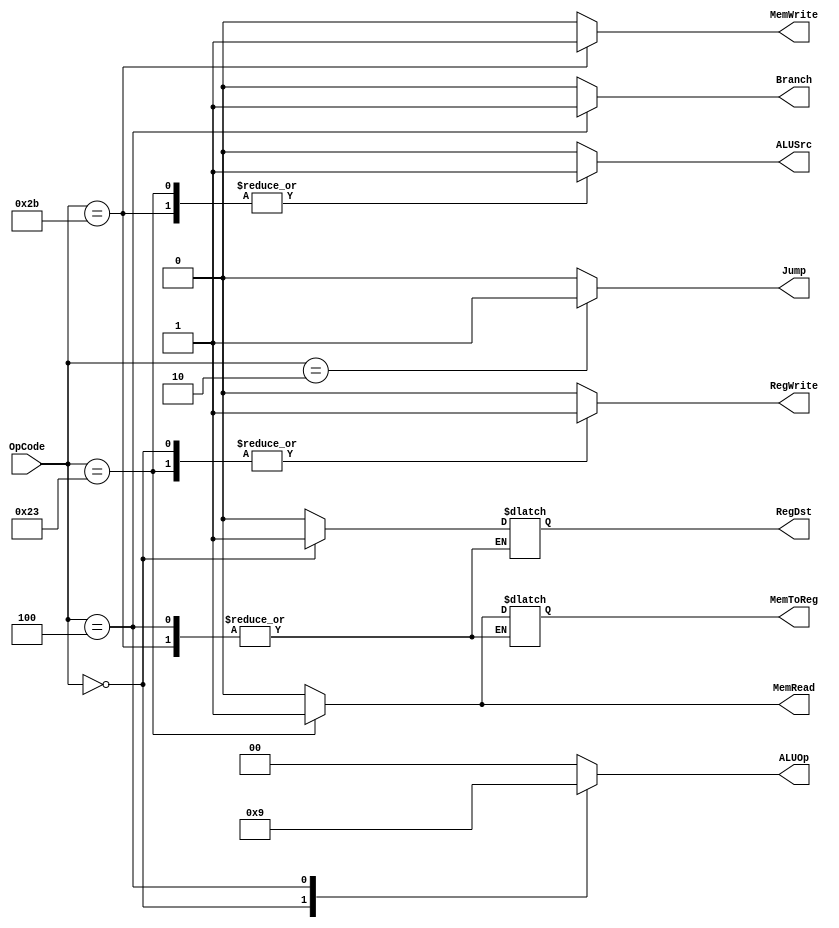
`timescale 1ns / 1ps
//////////////////////////////////////////////////////////////////////////////////
// Company: 
// Engineer: 
// 
// Design Name: 
// Module Name: Ctr
// Project Name: 
// Target Devices: 
// Tool Versions: 
// Description: 
// 
// Dependencies: 
// 
// Revision:
// Revision 0.01 - File Created
// Additional Comments:
// 
//////////////////////////////////////////////////////////////////////////////////


module Ctr(
    input [5:0] OpCode,
    output reg RegDst,
    output reg ALUSrc,
    output reg MemToReg,
    output reg RegWrite,
    output reg MemRead,
    output reg MemWrite,
    output reg Branch,
    output reg [1:0] ALUOp,
    output reg Jump
    );
       
    initial begin
    Branch=0;
    Jump=0;
    end
    
    always @ (OpCode)
    begin
        case (OpCode)
        6'b000000: //R type
        begin
            RegDst=1;
            ALUSrc=0;
            MemToReg=0;
            RegWrite=1;
            MemRead=0;
            MemWrite=0;
            Branch=0;
            ALUOp=2'b10;
            Jump=0;
        end
        
        6'b100011: //lw
        begin
            RegDst=0;
            ALUSrc=1;
            MemToReg=1;
            RegWrite=1;
            MemRead=1;
            MemWrite=0;
            Branch=0;
            ALUOp=2'b00;
            Jump=0;
        end        
        
        6'b101011: //sw
         begin
//            RegDst=0;
            ALUSrc=1;
//            MemToReg=1;
            RegWrite=0;
            MemRead=0;
            MemWrite=1;
            Branch=0;
            ALUOp=2'b00;
            Jump=0;
        end           
                
        6'b000100: //beq
        begin
//            RegDst=1;
            ALUSrc=0;
//            MemToReg=0;
            RegWrite=0;
            MemRead=0;
            MemWrite=0;
            Branch=1;
            ALUOp=2'b01;
            Jump=0;
        end
          
        6'b000010: //Jump
        begin
            RegDst=0;
            ALUSrc=0;
            MemToReg=0;
            RegWrite=0;
            MemRead=0;
            MemWrite=0;
            Branch=0;
            ALUOp=2'b00;
            Jump=1;
        end         
        
        default:
        begin
            RegDst=0;
            ALUSrc=0;
            MemToReg=0;
            RegWrite=0;
            MemRead=0;
            MemWrite=0;
            Branch=0;
            ALUOp=2'b00;
            Jump=0;
        end
    endcase
    end
endmodule